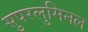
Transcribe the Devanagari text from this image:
सुपरलुमिनल